Madras plague regulations in force outside the Presidency town - Volume 2
Disease focus: Plague
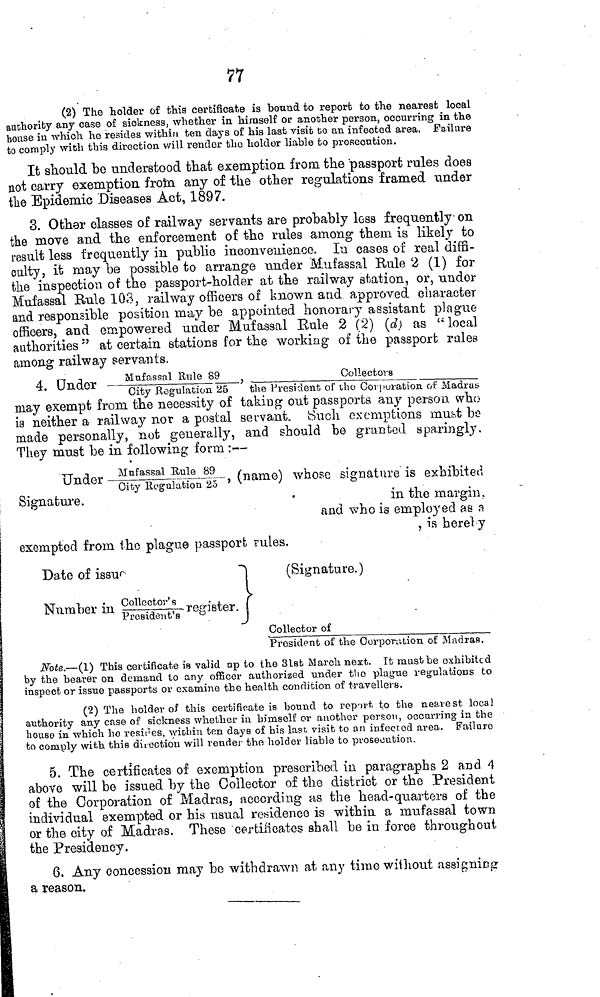
77
(2) The holder of this certificate is bound to report to the nearest local
authority any case of sickness, whether in himself or another person, occurring in the
house in which he resides within ten days of his last visit to an infected area. Failure
to comply wich this direction will render the holder liable to prosecution.
It should be understood that exemption from the passport rules does
not carry exemption, from any of the other regulations framed under
the Epidemic Diseases Act, 1897.
3. Other classes of railway servants are probably less frequently on
the move and the enforcement of the rules among them is likely to
result less frequently in public inconvenience. In cases of real diffi-
culty, it may be possible to arrange under Mufassal Rule 2 (1) for
the inspection of the passport-holder at the railway station, or, under
Mufassal Rule 103, railway officers of known arid approved character
and responsible position may be appointed honorary assistant plague
officers, and empowered under Mufassal Rule 2 (2) (d) as " local
authorities " at certain stations for the working of the passport rules
among railway servants.
4. Under------------Mufassal Rule 89
Collectors
City Regulation 25
the President of the Corporation of Madras
may exempt from the necessity of taking out passports any person who
is neither a railway nor a postal servant. Such exemptions must be
made personally, not generally, and should be granted sparingly.
They must be in following form ;—
Under _Mufassal Rule 89, (name) whose signature is exhibited
City Regulation
25
Signature.
•
in the margin.
and who is employed as a
, is hereby
exempted from the plague passport rules.
Date of issue
Number in Collector's register.
President's
(Signature.)
Collector of
President of' the Corporation of Madras.
Note.—(1) This certificate is valid up to the 3lst March next. It must be exhibited
by the bearer on demand to any officer authorized under the plague regulations to
inspect or issue passports or examine the health condition of travellers.
(2) The holder of this certificate is bound to report to the nearest local
authority any case of sickness whether in himself or another person, occurring
the
house in which ho resides, within ten days of his last, visit to an infected area. Failure
to comply with this direction will render the holder liable to prosecution.
5. The certificates of exemption prescribed in paragraphs 2 and 4
above will be issued by the Collector of the district or the President
of the Corporation of Madras, according as the head-quarters of the
individual exempted or his usual residence is within a mufassal town
or the city of Madras. These certificates shall be in force throughout
the Presidency.
6. Any concession may be withdrawn at any time wiihout assigning
a reason.